Report of the King Institute of Preventive Medicine, Guindy
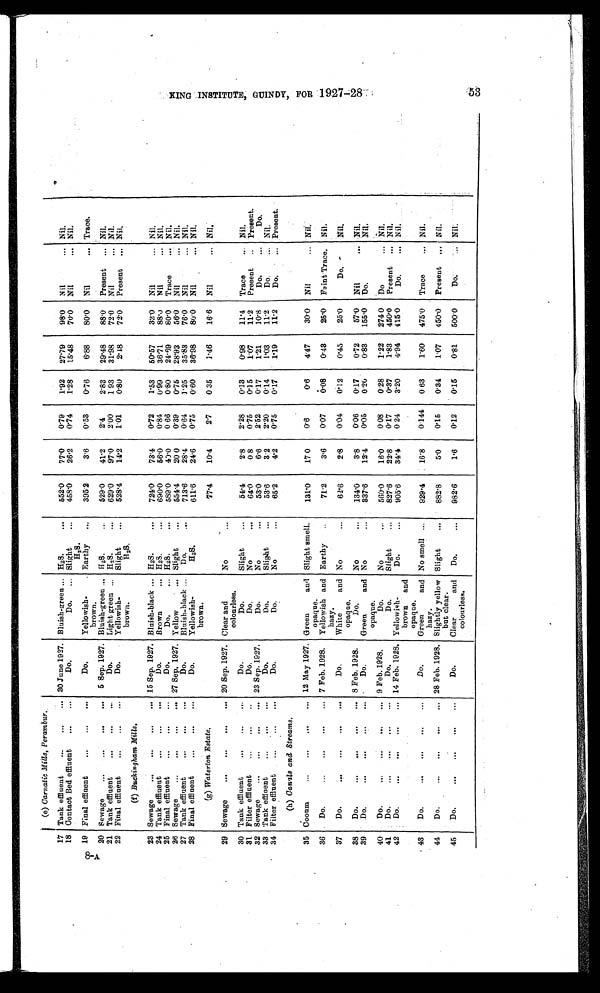
(e) Carnatic Mills, Perambur.
17 Tank effluent
...
... 30 June 1927. Bluish-green ... H 2S.
...
552.0
77.0
0.79
1.92
27.79
98.0
Nil
... Nil.
18
...
Contact Bed effluent
...
...
Do.
Do.
... Slight
...
458.0
26.2
0.74
1.28
15.48
70.0
Nil
... Nil.
H2S.
19 Final effluent
...
...
...
Do.
Yellowish.
. Earthy
...
395.2
3.6
0.53
0.76
6.88
80.0
Nil
... Trace.
brown.
2 0 Sewage
...
...
5 Sep. 1927. Bluish-green ... H2S.
..
529.0
41.2
2.4
2.83
29.48
88.0
Present
- Nil.
21
...
...
Tank effluent
...
...
Do.
Light green
H2 S.
...
629.0
97.0
2.00
1 93
31.98
72.0
Nil
... Nil.
22
...
Final effluent
...
...
Do.
...
Yellowish-
brown.
Slight
...
H 2S
528.4
14.2
1.01
0.80
2.48
72.0
Present
... Nil.
(f) Buckingham Mills.
23 Sewage
...
...
...
... 15 Sep. 1927. Bluish-black ... H 2S.
. ..
724.0
73.4
0.72
1.53
50.57
32.0
Nil
... Nil.
24 Tank effluent
.,.
...
...
Do.
Brown
... H2S.
...
690.0
56.0
0.84
0.99
36.71
88.0
Nil
... Nil.
25 Final effluent
...
...
...
Do.
Do.
... H 2S.
...
589.0
40.0
0 66
0.80
24.69
80.0
Trace
... Nil.
26 Sewage
...
...
...
... 27 Sep. 1927. Yellow
. ...
Slight
...
554.4
20. 0
0.39
0.75
28.93
56.0
Nil
... Nil.
27 Tank effluent
...
...
...
Do.
Bluish-black .. .
D o.
713.6
28.4
0.64
1.25
35.83
76.0
Nil
... Nil.
28 Final effluent
...
...
...
Do.
Yellowish-
brown.
H2S.
611.6
24.6
0.75
0.60
36.98
80.0
Nil
Nil.
(g) Waterton Estate.
77.4
10.4
2.7
0.35
1.46
16.6
Nil
... Nil.
29 Sewage
...
...
...
... 20 Sep. 1927. Clear and
colourless.
No
...
30 Tank effluent
..,
...
Do.
Do.
Slight
...
54.4
2.8
2.28
0.13
0.98
11.4
Trace
..
Nil.
31 Filter effluent...
...
.,
Do.
Do.
No
...
64.0
0.8
0.75
0.15
1.07
11.2
Present
..
Present.
32 Sewage
...
...
...
... 23 Sep. 1927.
Do.
No
...
53.0
6.6
2.52
0.17
1.21
10.8
Do.
...
Do.
33 Tank effluent
...
...
...
Do.
Do.
Slight
...
53.6
3.2
2.20
0.14
1.03
11.2
D o .
Nil.
34 Filter effluent
.
Do.
Do.
No
...
65.2
4.2
0.75
0.17
1.19
11.2
Do.
... Present.
(h) Canals and Streams.
35 Cooum
...
...
...
... 12 May 1927. Green and
opaque.
Slight smell.
131.0
17. 0
0.6
0.6
4.47
30.0
Nil
... Nil.
36
Do.
...
...
...
... 7 Feb. 1928.
Yellowish and
hazy.
Earthy
71.2
3.6
0.07
0.08
0.43
25.0
Faint Trace.
Nil.
37
Do.
...
...
...
...
Do.
White and
opaque.
No
...
62.6
2.8
0.04
0.12
0.45
25.0
Do.
Nil.
38
Do.
...
...
...
... 8 Feb. 1928.
Do.
No
...
134.0
3.8
0.06
0.17
0.72
57.0
Nil
... Nil.
39
Do.
...
...
... .
Do.
Green and
opaque.
No
...
337.6
12.4
0.05
0.20
0.83
155.0
Do.
Nil.
40
Do.
.....
...
... 9 Feb. 1928.
Do.
No
...
560.0
16.0
0.08
0.28
1.22
274 0
Do... Nil.
41
Do.
...
...
...
...
Do.
Do.
Slight
...
827.6
22.8
0.17
0.37
1.83
450.0
Present
... Nil.
42
Do.
...
...
...
... 14 Feb. 1928. Yellowish-
brown and
opaque.
Do.
...
905.6
34.4
0.24
3.20
4.94
415.0
Do.
... Nil.
43
Do.
...
...
Do.
Green and
hazy.
No smell ...
929.4
16.8
0.144
0.63
1.60
475.0
Trace
... Nil.
44
Do.
...
...
...
... 28 Feb. 1928. Slightly yellow
but clear.
Slight
...
882.8
5.0
0.15
0.34
1.07
450.0
Present
... Nil.
45
Do.
...
...
...
...
Do.
Clear and
colourless.
Do.
...
982.6
1.6
0.12
0.15
0.81
500.0
Do.
... Nil.
KING INSTITUTE GUINDY,
F OR 1 9 2 7 - 2 8 .
53